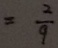
= \frac { 2 } { 9 }